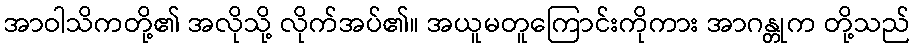
အာဝါသိကတို့၏ အလိုသို့ လိုက်အပ်၏။ အယူမတူကြောင်းကိုကား အာဂန္တုက တို့သည်